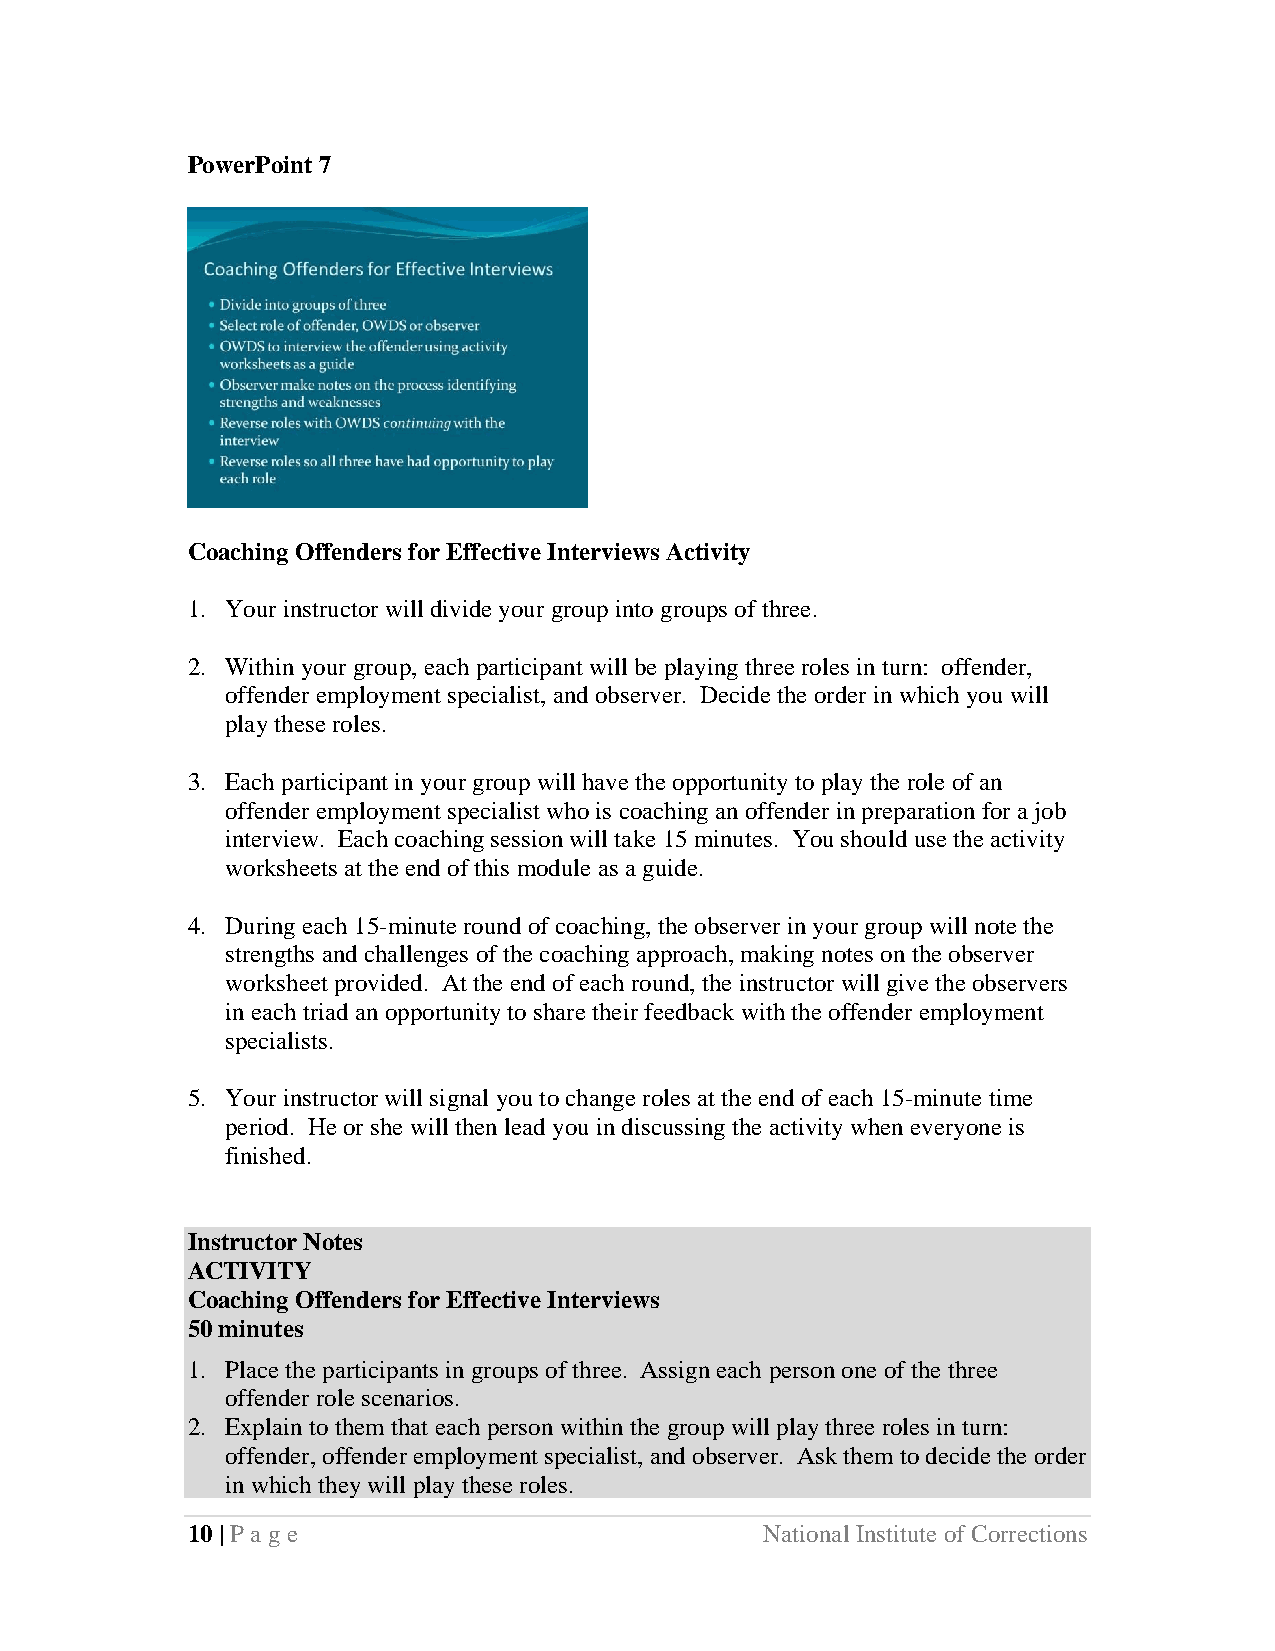
PowerPoint 7
 Coaching Offenders for Effective Interviews Activity
 1. Your instructor will divide your group into groups of three.
 2. Within your group, each participant will be playing three roles in turn: offender,
 offender employment specialist, and observer. Decide the order in which you will
 play these roles.
 3. Each participant in your group will have the opportunity to play the role of an
 offender employment specialist who is coaching an offender in preparation for a job
 interview. Each coaching session will take 15 minutes. You should use the activity
 worksheets at the end of this module as a guide.
 4. During each 15-minute round of coaching, the observer in your group will note the
 strengths and challenges of the coaching approach, making notes on the observer
 worksheet provided. At the end of each round, the instructor will give the observers
 in each triad an opportunity to share their feedback with the offender employment
 specialists.
 5. Your instructor will signal you to change roles at the end of each 15-minute time
 period. He or she will then lead you in discussing the activity when everyone is
 finished.
 Instructor Notes
 ACTIVITY
 Coaching Offenders for Effective Interviews
 50 minutes
 1. Place the participants in groups of three. Assign each person one of the three
 offender role scenarios.
 2. Explain to them that each person within the group will play three roles in turn:
 offender, offender employment specialist, and observer. Ask them to decide the order
 in which they will play these roles.
 10 | Page                              National Institute of Corrections